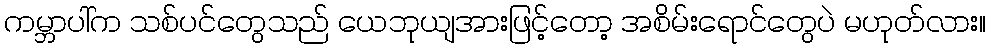
ကမ္ဘာပါ်က သစ်ပင်တွေသည် ယေဘုယျအားဖြင့်တော့ အစိမ်းရောင်တွေပဲ မဟုတ်လား။